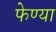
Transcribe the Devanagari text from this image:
फेण्या